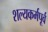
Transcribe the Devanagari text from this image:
शल्यकर्मपूर्व